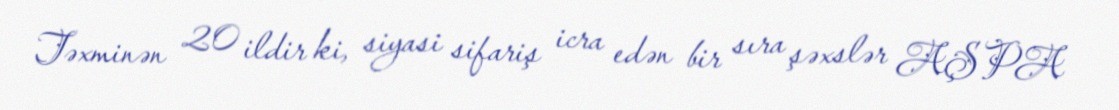
Təxminən 20 ildir ki, siyasi sifariş icra edən bir sıra şəxslər AŞPA